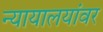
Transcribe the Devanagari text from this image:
न्यायालयांवर